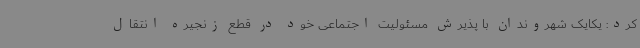
کرد: یکایک شهروندان با پذیرش مسئولیت اجتماعی خود در قطع زنجیره انتقال